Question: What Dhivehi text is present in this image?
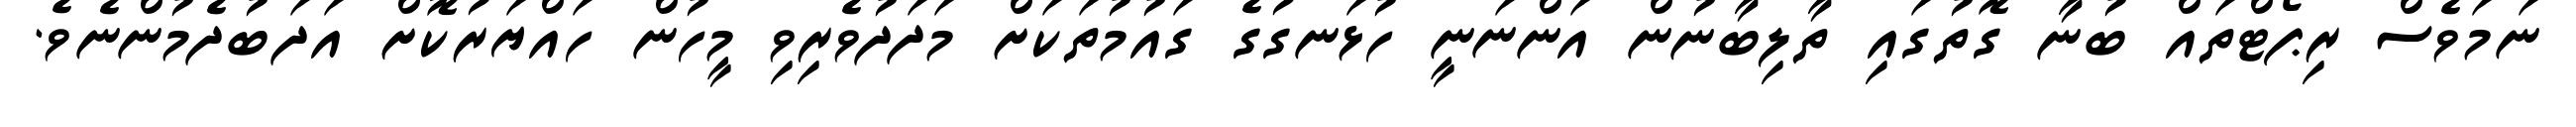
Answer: ނަމަވެސް ރިޕޯޓްތައް ބުނާ ގޮތުގައި ތާލިބާނުން އަންނަނީ ހުޅަނގުގެ ގައުމުތަކަށް މަދަދުވެރިވި މީހުން ހައްޔަރުކޮށް އަދަބުދެމުންނެވެ.